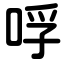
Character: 哹